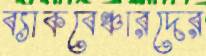
ব্যাকবেঞ্চারদের